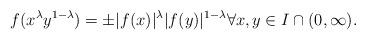
LaTeX: \begin{align*}f(x^\lambda y^{1-\lambda}) = \pm |f(x)|^\lambda |f(y)|^{1-\lambda} \forall x,y \in I \cap (0,\infty). \end{align*}